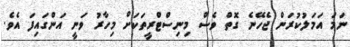
ނަމަ އަމަލުކުރަން ޖެހޭނެ ގޮތް ވެސް މިނިސްޓްރީތަކަށް މިހާރު ވަނީ އަންގައިފަ އެވެ.